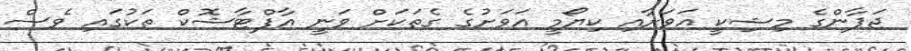
ޖަޕާންގެ މިޝިކީ އަވަށާއި ކިޔޯމީ އަވަށުގެ ގެތަކަށް ވަނީ އާފްޓާޝޮކް ތަކުގައި ވެސް